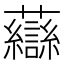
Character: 𧄶